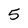
Character: 5